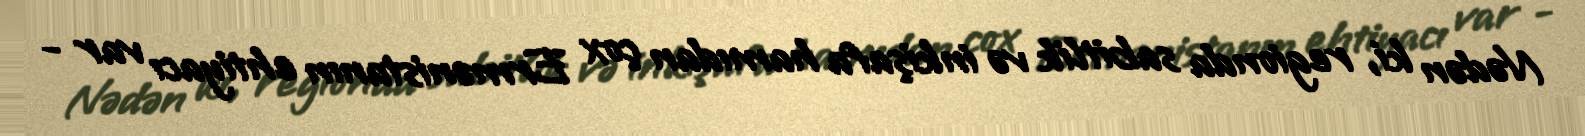
Nədən ki, regionda sabitlik və inkişafa hamıdan çox Ermənistanın ehtiyacı var -